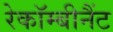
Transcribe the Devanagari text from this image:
रेकॉम्बीनैंट